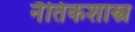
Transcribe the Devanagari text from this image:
नैतिकशास्त्र